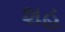
શહ